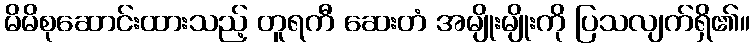
မိမိစုဆောင်းထားသည့် တူရကီ ဆေးတံ အမျိုးမျိုးကို ပြသလျက်ရှိ၏။